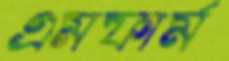
এমফার্ম